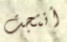
أنتجت